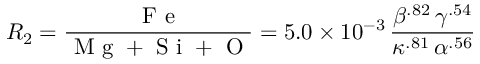
R _ { 2 } = \frac { \mathrm { ~ F ~ e ~ } } { \mathrm { ~ M ~ g ~ + ~ S ~ i ~ + ~ O ~ } } = 5 . 0 \times 1 0 ^ { - 3 } \, \frac { \beta ^ { . 8 2 } \, \gamma ^ { . 5 4 } } { \kappa ^ { . 8 1 } \, \alpha ^ { . 5 6 } }